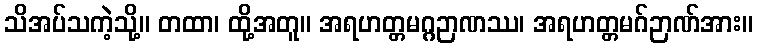
သိအပ်သကဲ့သို့။ တထာ၊ ထို့အတူ။ အရဟတ္တမဂ္ဂဉာဏဿ၊ အရဟတ္တမဂ်ဉာဏ်အား။